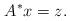
LaTeX: \begin{align*} A^* x = z.\end{align*}